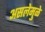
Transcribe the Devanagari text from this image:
असलेमुळे